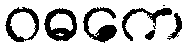
ဝဓကေ